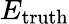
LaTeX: E_{\mathrm{truth}}